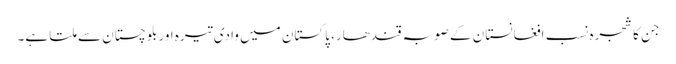
جن کا شجرہ نسب افغانستان کے صوبہ قندھار، پاکستان میں وادی تیرہ اور بلوچستان سے ملتا ہے۔